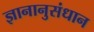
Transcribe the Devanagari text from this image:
ज्ञानानुसंधान